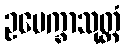
ဥပေက္ခာသုတ္တံ